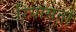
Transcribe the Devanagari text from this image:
ऱियासतों